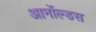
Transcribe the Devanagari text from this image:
आर्नोल्डस